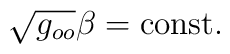
\sqrt{g_{oo}} \beta = \mathrm{const}.